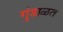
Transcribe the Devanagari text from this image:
गुंडाळत